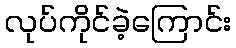
လုပ်ကိုင်ခဲ့ကြောင်း